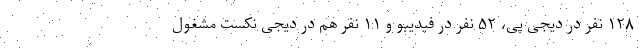
۱۲۸ نفر در دیجی پی، ۵۲ نفر در فیدیبو و ۱۱ نفر هم در دیجی نکست مشغول